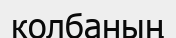
колбаның